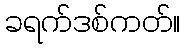
ခရက်ဒစ်ကတ်။